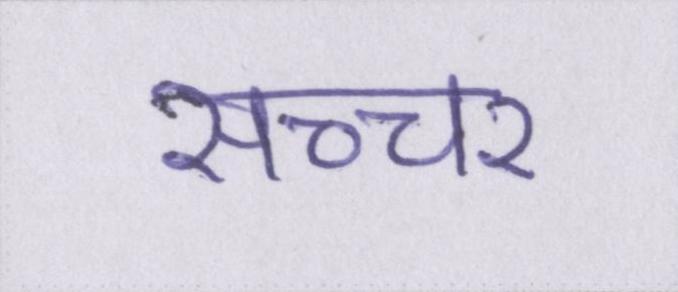
सच्चर